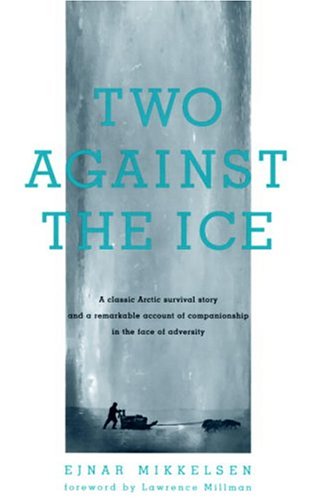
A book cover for Two Against the Ice: A Classic Arctic Survival Story and a Remarkable Account of Companionship in the  Face of Adversity; Ejnar Mikkelsen; Travel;